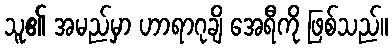
သူ၏ အမည်မှာ ဟာရာဂုချိ အေရီကို ဖြစ်သည်။